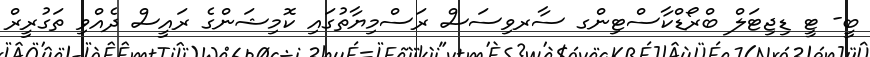
ބީ- ޓީ ޑިޖިޓަލް ބްރޯޑްކާސްޓިންގ ސާރވިސަސް ރަސްމިޔާތުގައި ކޮމިޝަންގެ ރައީސް ދެއްވި ތަގުރީރް